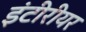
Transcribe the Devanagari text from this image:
इंटीरीयर